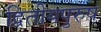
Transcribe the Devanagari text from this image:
द्वितीयपुरुष